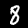
Digit: 8